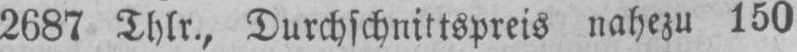
2687 Thlr., Durchschnittspreis nahezu 150